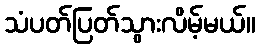
သံပတ်ပြတ်သွားလိမ့်မယ်။